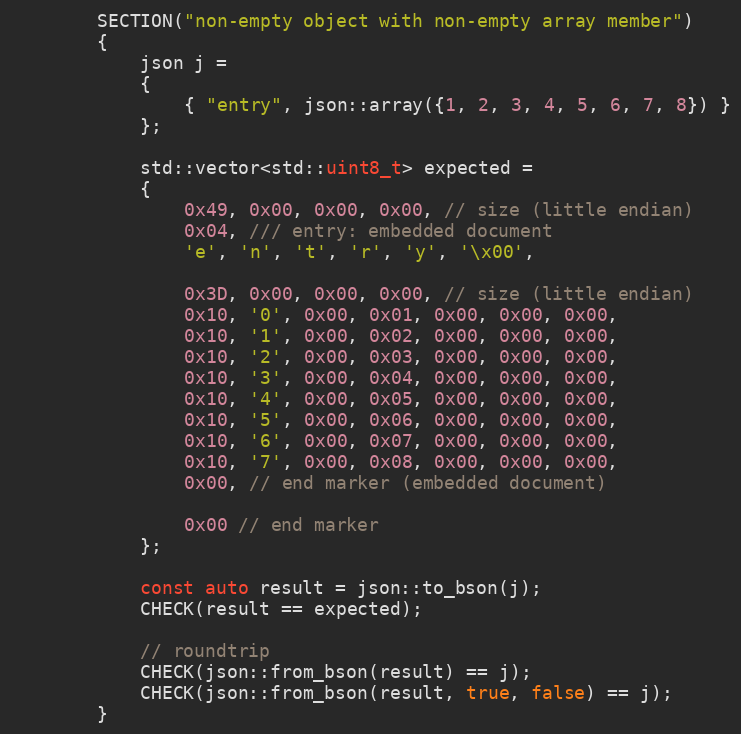
Language: C++
        SECTION("non-empty object with non-empty array member")
        {
            json j =
            {
                { "entry", json::array({1, 2, 3, 4, 5, 6, 7, 8}) }
            };

            std::vector<std::uint8_t> expected =
            {
                0x49, 0x00, 0x00, 0x00, // size (little endian)
                0x04, /// entry: embedded document
                'e', 'n', 't', 'r', 'y', '\x00',

                0x3D, 0x00, 0x00, 0x00, // size (little endian)
                0x10, '0', 0x00, 0x01, 0x00, 0x00, 0x00,
                0x10, '1', 0x00, 0x02, 0x00, 0x00, 0x00,
                0x10, '2', 0x00, 0x03, 0x00, 0x00, 0x00,
                0x10, '3', 0x00, 0x04, 0x00, 0x00, 0x00,
                0x10, '4', 0x00, 0x05, 0x00, 0x00, 0x00,
                0x10, '5', 0x00, 0x06, 0x00, 0x00, 0x00,
                0x10, '6', 0x00, 0x07, 0x00, 0x00, 0x00,
                0x10, '7', 0x00, 0x08, 0x00, 0x00, 0x00,
                0x00, // end marker (embedded document)

                0x00 // end marker
            };

            const auto result = json::to_bson(j);
            CHECK(result == expected);

            // roundtrip
            CHECK(json::from_bson(result) == j);
            CHECK(json::from_bson(result, true, false) == j);
        }